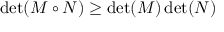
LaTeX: \operatorname* { d e t } ( M \circ N ) \geq \operatorname* { d e t } ( M ) \operatorname* { d e t } ( N )